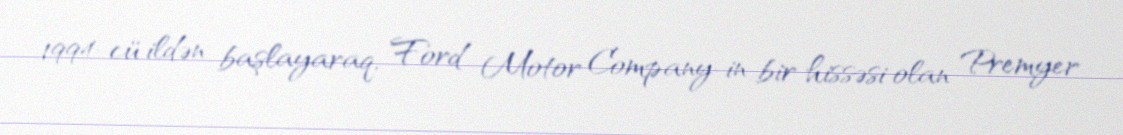
1994-cü ildən başlayaraq, Ford Motor Company-in bir hissəsi olan Premyer